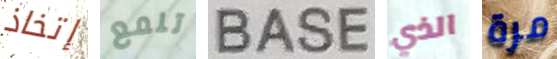
إتخاذ تلمع BASE الذي مرة